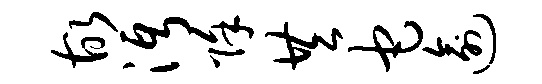
故沔除共它逾